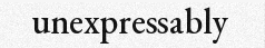
unexpressably